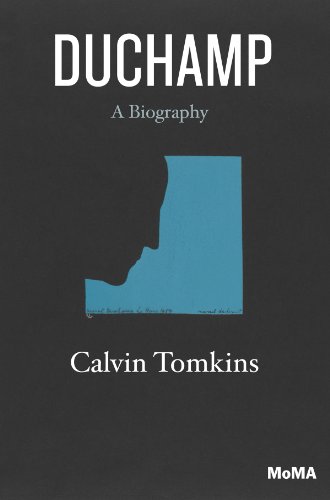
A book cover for Duchamp: A Biography; Calvin Tomkins; Arts & Photography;